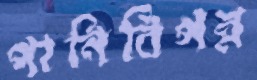
পানিবিপন্ন